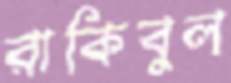
রাকিবুল